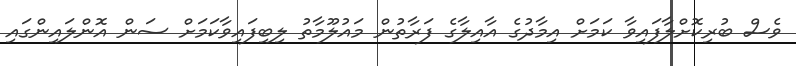
ވެސް ބުރިކޮށްލާފައިވާ ކަމަށް އިމާދުގެ އާއިލާގެ ފަރާތުން މައުލޫމާތު ލިބިފައިވާކަމަށް ސަން އޮންލައިންގައި